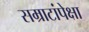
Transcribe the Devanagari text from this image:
सम्राटांपेक्षा